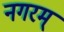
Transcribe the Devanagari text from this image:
नगरम्